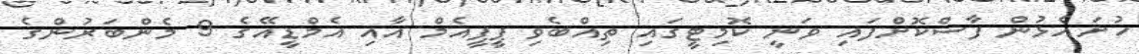
ހުށައެޅުން ފާސްކޮށްފައި ވަނީ ކޮމިޓީގައި ތިއްބެވި ޕީޕީއެމް އާއި އެމްޑީއޭގެ 9 މެންބަރުންގެ